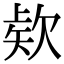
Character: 𭭎